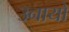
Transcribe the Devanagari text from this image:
उनायों